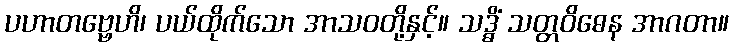
ပဟာတဗ္ဗေဟိ၊ ပယ်ထိုက်သော အာသဝတို့နှင့်။ သဒ္ဓိံ သတ္တဝိဓေန အာဂတာ။